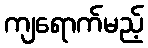
ကျရောက်မည့်